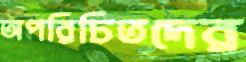
অপরিচিতদের